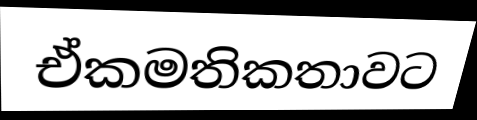
ඒකමතිකතාවට